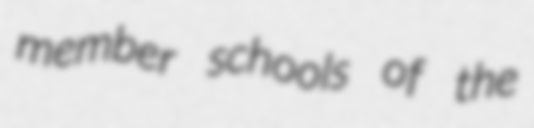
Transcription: member schools of the